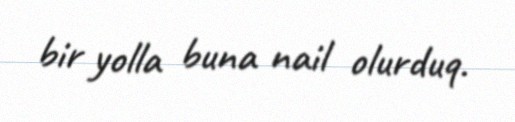
bir yolla buna nail olurduq.